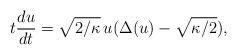
LaTeX: \begin{align*}t\frac{du}{dt}=\sqrt{2/\kappa} \, u(\Delta(u)-\sqrt{\kappa/2}),\end{align*}